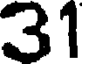
31